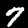
Label: 7